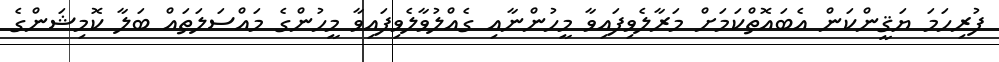
ފުރިހަމަ ޔަޤީންކަން އެބައޮތްކަމަށް މަރާލެވިފައިވާ މީހުންނާއި ގެއްލުވާލެވިފައިވާ މީހުންގެ މައްސަލަތައް ބަލާ ކޮމިޝަންގެ